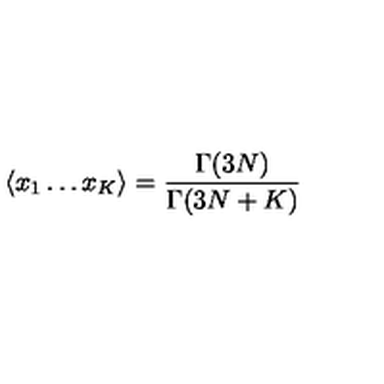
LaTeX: \langle x _ { 1 } \dots x _ { K } \rangle = \frac { \Gamma ( 3 N ) } { \Gamma ( 3 N + K ) }